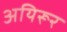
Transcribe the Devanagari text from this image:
अयिरूर